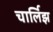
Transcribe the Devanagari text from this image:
चार्लिझ